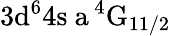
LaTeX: \mathrm{3d^{6}4s\ a\, ^{4}G_{11/2}}